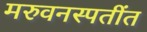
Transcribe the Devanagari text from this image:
मरुवनस्पतींत